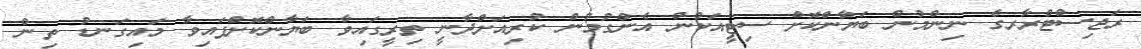
ރަޖިސްޓްރާރގެ ނިންމުން ބަޔާންކޮށް ސިޓީއަކުން އެންގުމުން ކުރިއަށްދާނީ ތިރީގައިވާ ބަޔާންކޮށްފައިވާ މައިގަނޑު ތިން